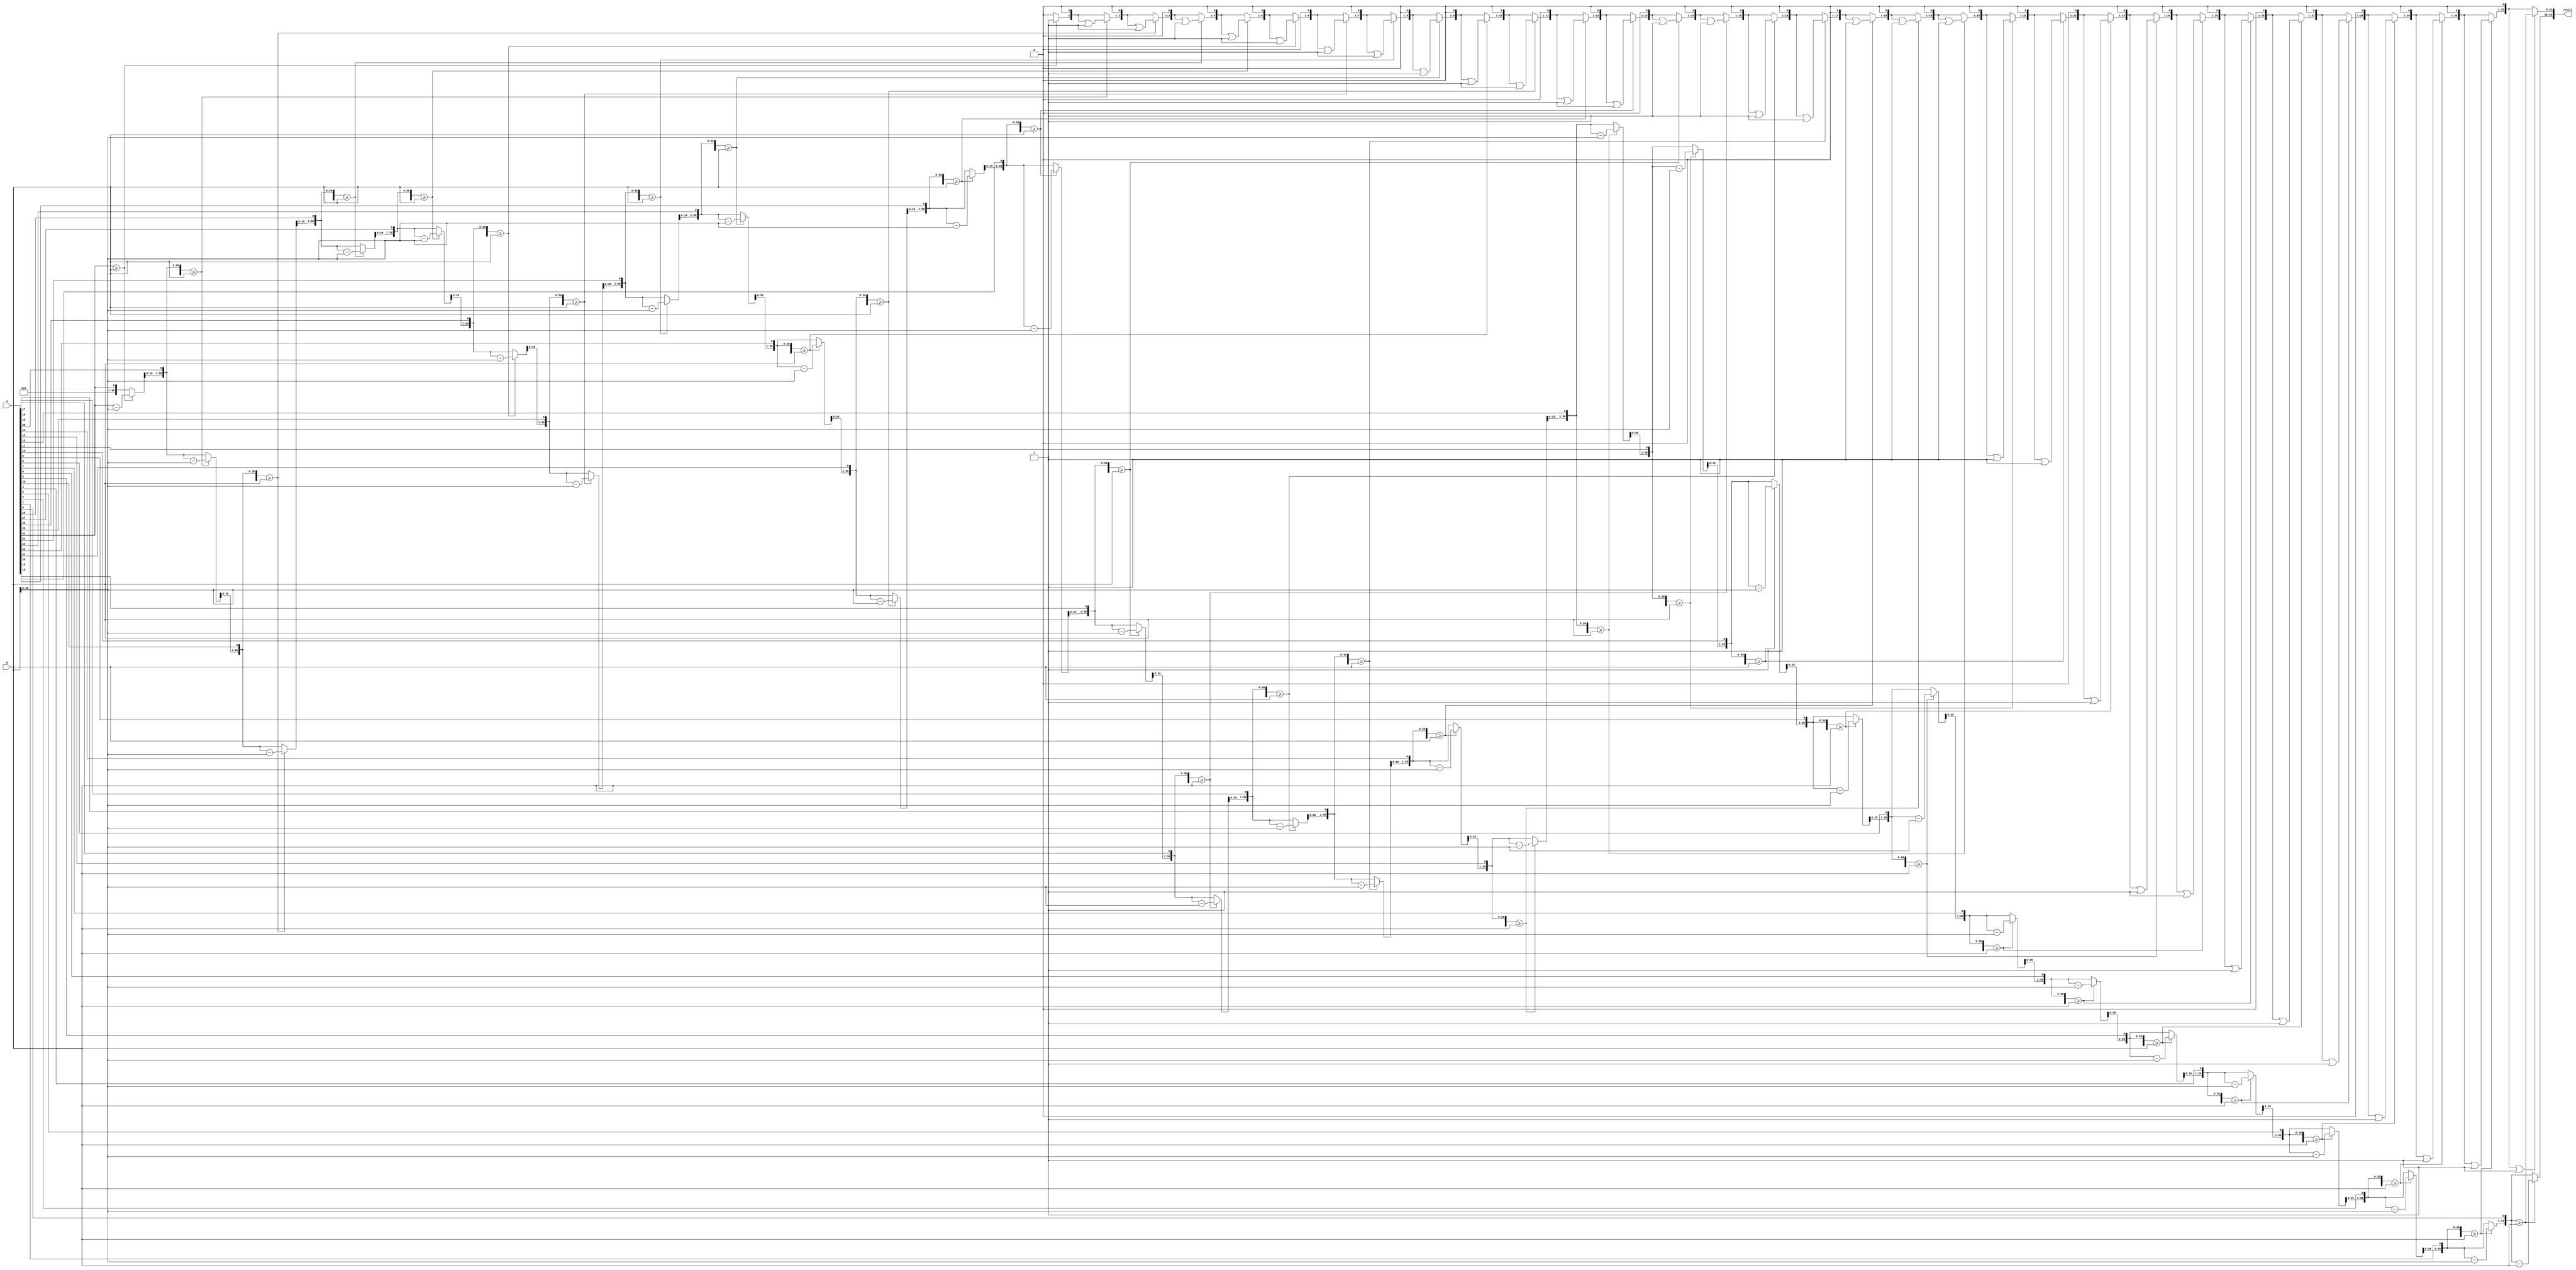
// This program was cloned from: https://github.com/conboy/elec374-cpu
// License: MIT License

module div(input [31:0] a, b, output reg[63:0] result);

    // Internal variables
    reg [31:0] quotient, remainder, divisor;
    reg [31:0] temp_remainder;
    integer i;

    always @(*) begin
        // Initialize variables
        quotient = 0;
        remainder = 0;
        divisor = b;
        temp_remainder = a; // Start with the dividend

        // Main loop for non-restoring division
        for (i = 31; i >= 0; i = i - 1) begin
            // Shift left to make room for the next bit
            remainder = remainder << 1;
            remainder[0] = temp_remainder[31]; // Bring down the next bit of the dividend
            temp_remainder = temp_remainder << 1; // Prepare the temp remainder for the next iteration
            
            // Attempt to subtract the divisor from the remainder
            if (remainder >= divisor) begin
                remainder = remainder - divisor;
                quotient = (quotient << 1) | 1; // Set the current bit of the quotient to 1
            end else begin
                quotient = quotient << 1; // Keep the current bit of the quotient as 0
            end
        end

        // Combine quotient and remainder for the result
       result[31:0] = quotient;
       result[63:32] = remainder; 
    end
endmodule